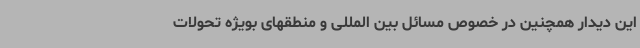
این دیدار همچنین در خصوص مسائل بین المللی و منطقهای بویژه تحولات